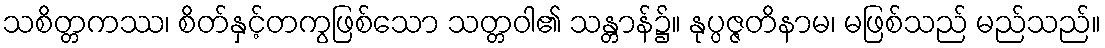
သစိတ္တကဿ၊ စိတ်နှင့်တကွဖြစ်သော သတ္တဝါ၏ သန္တာန်၌။ နုပ္ပဇ္ဇတိနာမ၊ မဖြစ်သည် မည်သည်။